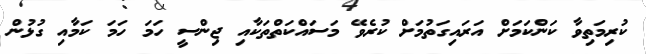
ކުރިމަތިވާ ކަންކަމަށް އަރައިގަތުމަށް ކުރެވޭ މަަސައްކަތްތަކާއި ޖިންސީ ހަމަ ހަމަ ކަމާއި ގުޅުން